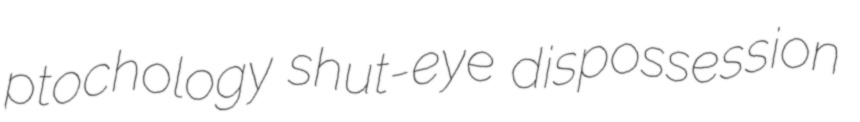
ptochology shut-eye dispossession